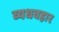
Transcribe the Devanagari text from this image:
व्यधवहार